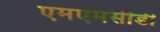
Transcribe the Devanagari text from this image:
एमएमसीडी